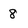
Character: 8